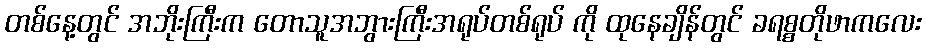
တစ်နေ့တွင် အဘိုးကြီးက တောသူအဘွားကြီးအရုပ်တစ်ရုပ် ကို ထုနေချိန်တွင် ခရစ္စတိုဖာကလေး